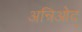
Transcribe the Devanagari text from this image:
अन्रिओद्